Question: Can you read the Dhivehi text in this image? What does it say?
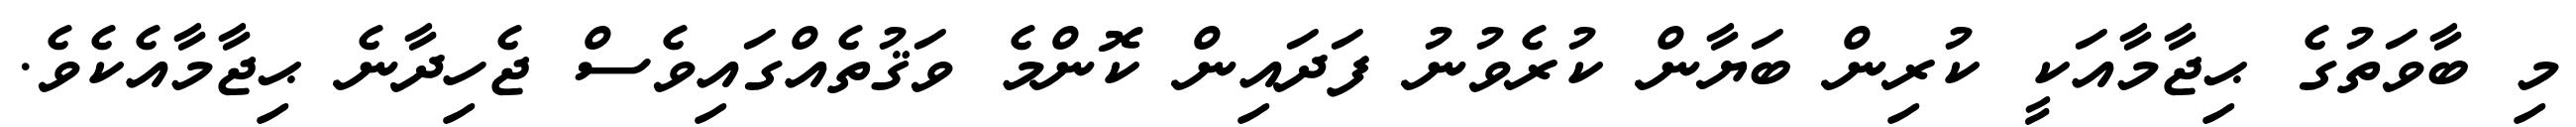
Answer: މި ބާވަތުގެ ޙިޖާމާއަކީ ކުރިން ބަޔާން ކުރެވުނު ފަދައިން ކޮންމެ ވަޤުތެއްގައިވެސް ޖެހިދާނެ ޙިޖާމާއެކެވެ.